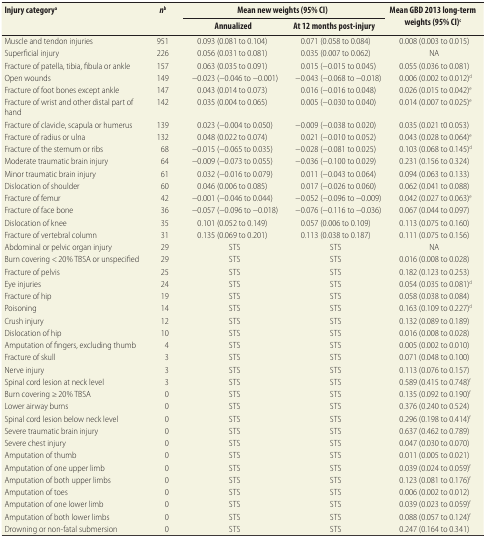
<table><thead><tr><td rowspan="2"><b>Injury category<sup>a</sup></b></td><td rowspan="2"><b><i>n</i><sup>b</sup></b></td><td colspan="2"><b>Mean new weights (95% CI)</b></td><td rowspan="2"><b>Mean GBD 2013 long-term weights (95% CI)<sup>c</sup></b></td></tr><tr><td><b>Annualized</b></td><td><b>At 12 months post-injury</b></td></tr></thead><tbody><tr><td>Muscle and tendon injuries</td><td>951</td><td>0.093 (0.081 to 0.104)</td><td>0.071 (0.058 to 0.084)</td><td>0.008 (0.003 to 0.015)</td></tr><tr><td>Superficial injury</td><td>226</td><td>0.056 (0.031 to 0.081)</td><td>0.035 (0.007 to 0.062)</td><td>NA</td></tr><tr><td>Fracture of patella, tibia, fibula or ankle</td><td>157</td><td>0.063 (0.035 to 0.091)</td><td>0.015 (−0.015 to 0.045)</td><td>0.055 (0.036 to 0.081)</td></tr><tr><td>Open wounds</td><td>149</td><td>−0.023 (−0.046 to −0.001)</td><td>−0.043 (−0.068 to −0.018)</td><td>0.006 (0.002 to 0.012)<sup>d</sup></td></tr><tr><td>Fracture of foot bones except ankle</td><td>147</td><td>0.043 (0.014 to 0.073)</td><td>0.016 (−0.016 to 0.048)</td><td>0.026 (0.015 to 0.042)<sup>e</sup></td></tr><tr><td>Fracture of wrist and other distal part of hand</td><td>142</td><td>0.035 (0.004 to 0.065)</td><td>0.005 (−0.030 to 0.040)</td><td>0.014 (0.007 to 0.025)<sup>e</sup></td></tr><tr><td>Fracture of clavicle, scapula or humerus</td><td>139</td><td>0.023 (−0.004 to 0.050)</td><td>−0.009 (−0.038 to 0.020)</td><td>0.035 (0.021 t0 0.053)</td></tr><tr><td>Fracture of radius or ulna</td><td>132</td><td>0.048 (0.022 to 0.074)</td><td>0.021 (−0.010 to 0.052)</td><td>0.043 (0.028 to 0.064)<sup>e</sup></td></tr><tr><td>Fracture of the sternum or ribs</td><td>68</td><td>−0.015 (−0.065 to 0.035)</td><td>−0.028 (−0.081 to 0.025)</td><td>0.103 (0.068 to 0.145)<sup>d</sup></td></tr><tr><td>Moderate traumatic brain injury</td><td>64</td><td>−0.009 (−0.073 to 0.055)</td><td>−0.036 (−0.100 to 0.029)</td><td>0.231 (0.156 to 0.324)</td></tr><tr><td>Minor traumatic brain injury</td><td>61</td><td>0.032 (−0.016 to 0.079)</td><td>0.011 (−0.043 to 0.064)</td><td>0.094 (0.063 to 0.133)</td></tr><tr><td>Dislocation of shoulder</td><td>60</td><td>0.046 (0.006 to 0.085)</td><td>0.017 (−0.026 to 0.060)</td><td>0.062 (0.041 to 0.088)</td></tr><tr><td>Fracture of femur</td><td>42</td><td>−0.001 (−0.046 to 0.044)</td><td>−0.052 (−0.096 to −0.009)</td><td>0.042 (0.027 to 0.063)<sup>e</sup></td></tr><tr><td>Fracture of face bone</td><td>36</td><td>−0.057 (−0.096 to −0.018)</td><td>−0.076 (−0.116 to −0.036)</td><td>0.067 (0.044 to 0.097)</td></tr><tr><td>Dislocation of knee</td><td>35</td><td>0.101 (0.052 to 0.149)</td><td>0.057 (0.006 to 0.109)</td><td>0.113 (0.075 to 0.160)</td></tr><tr><td>Fracture of vertebral column</td><td>31</td><td>0.135 (0.069 to 0.201)</td><td>0.113 (0.038 to 0.187)</td><td>0.111 (0.075 to 0.156)</td></tr><tr><td>Abdominal or pelvic organ injury</td><td>29</td><td>STS</td><td>STS</td><td>NA</td></tr><tr><td>Burn covering &lt; 20% TBSA or unspecified</td><td>29</td><td>STS</td><td>STS</td><td>0.016 (0.008 to 0.028)</td></tr><tr><td>Fracture of pelvis</td><td>25</td><td>STS</td><td>STS</td><td>0.182 (0.123 to 0.253)</td></tr><tr><td>Eye injuries</td><td>24</td><td>STS</td><td>STS</td><td>0.054 (0.035 to 0.081)<sup>d</sup></td></tr><tr><td>Fracture of hip</td><td>19</td><td>STS</td><td>STS</td><td>0.058 (0.038 to 0.084)</td></tr><tr><td>Poisoning</td><td>14</td><td>STS</td><td>STS</td><td>0.163 (0.109 to 0.227)<sup>d</sup></td></tr><tr><td>Crush injury</td><td>12</td><td>STS</td><td>STS</td><td>0.132 (0.089 to 0.189)</td></tr><tr><td>Dislocation of hip</td><td>10</td><td>STS</td><td>STS</td><td>0.016 (0.008 to 0.028)</td></tr><tr><td>Amputation of fingers, excluding thumb</td><td>4</td><td>STS</td><td>STS</td><td>0.005 (0.002 to 0.010)</td></tr><tr><td>Fracture of skull</td><td>3</td><td>STS</td><td>STS</td><td>0.071 (0.048 to 0.100)</td></tr><tr><td>Nerve injury</td><td>3</td><td>STS</td><td>STS</td><td>0.113 (0.076 to 0.157)</td></tr><tr><td>Spinal cord lesion at neck level</td><td>3</td><td>STS</td><td>STS</td><td>0.589 (0.415 to 0.748)<sup>f</sup></td></tr><tr><td>Burn covering ≥ 20% TBSA</td><td>0</td><td>STS</td><td>STS</td><td>0.135 (0.092 to 0.190)<sup>f</sup></td></tr><tr><td>Lower airway burns</td><td>0</td><td>STS</td><td>STS</td><td>0.376 (0.240 to 0.524)</td></tr><tr><td>Spinal cord lesion below neck level</td><td>0</td><td>STS</td><td>STS</td><td>0.296 (0.198 to 0.414)<sup>f</sup></td></tr><tr><td>Severe traumatic brain injury</td><td>0</td><td>STS</td><td>STS</td><td>0.637 (0.462 to 0.789)</td></tr><tr><td>Severe chest injury</td><td>0</td><td>STS</td><td>STS</td><td>0.047 (0.030 to 0.070)</td></tr><tr><td>Amputation of thumb</td><td>0</td><td>STS</td><td>STS</td><td>0.011 (0.005 to 0.021)</td></tr><tr><td>Amputation of one upper limb</td><td>0</td><td>STS</td><td>STS</td><td>0.039 (0.024 to 0.059)<sup>f</sup></td></tr><tr><td>Amputation of both upper limbs</td><td>0</td><td>STS</td><td>STS</td><td>0.123 (0.081 to 0.176)<sup>f</sup></td></tr><tr><td>Amputation of toes</td><td>0</td><td>STS</td><td>STS</td><td>0.006 (0.002 to 0.012)</td></tr><tr><td>Amputation of one lower limb</td><td>0</td><td>STS</td><td>STS</td><td>0.039 (0.023 to 0.059)<sup>f</sup></td></tr><tr><td>Amputation of both lower limbs</td><td>0</td><td>STS</td><td>STS</td><td>0.088 (0.057 to 0.124)<sup>f</sup></td></tr><tr><td>Drowning or non-fatal submersion</td><td>0</td><td>STS</td><td>STS</td><td>0.247 (0.164 to 0.341)</td></tr></tbody></table>